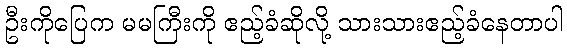
ဦးကိုပြေက မမကြီးကို ဧည့်ခံဆိုလို့ သားသားဧည့်ခံနေတာပါ